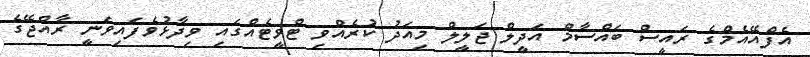
އެފްއޭއެމްގެ ރައީސް ބައްސާމް އަދީލް ޖަލީލް މިއަދު ކުރެއްވި ޓްވީޓެއްގައި ވިދާޅުވެފައިވަނީ ރާއްޖޭގެ